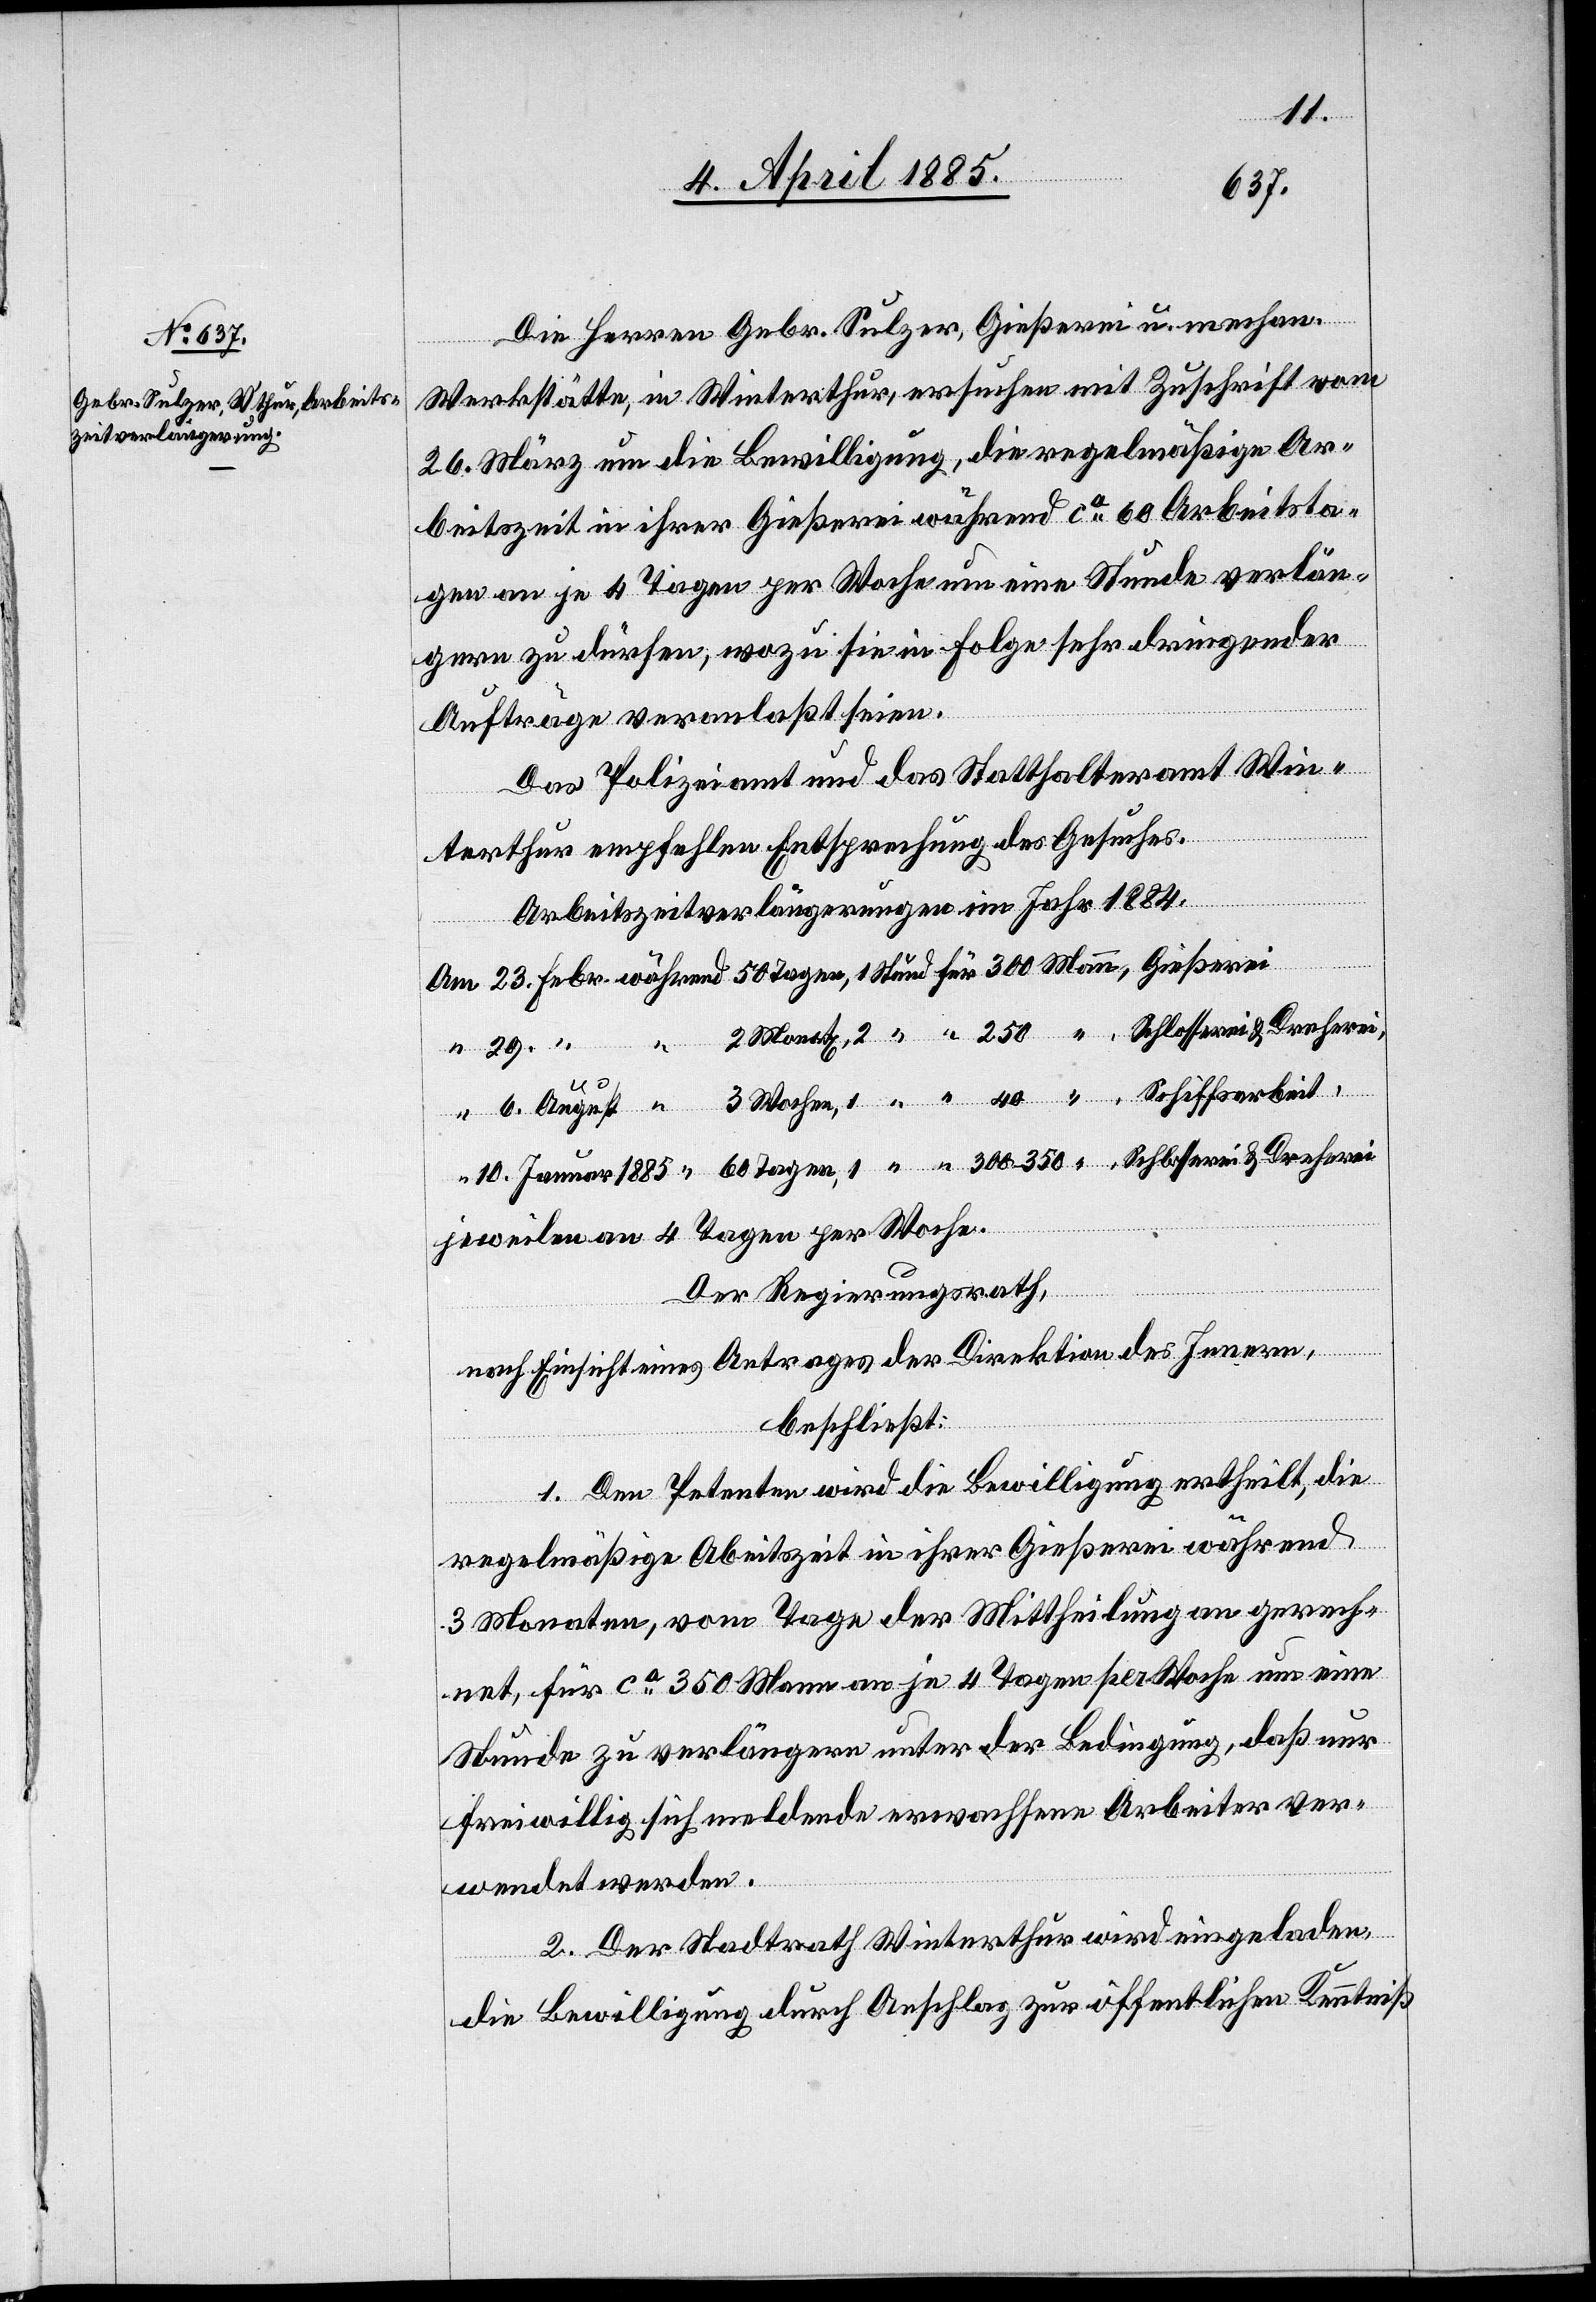
10.
Die Herren Gebr. Sulzer, Gießerei u. mechan.
Werkstätte, in Winterthur, ersuchen mit Zuschrift vom
26. März um die Bewilligung, die regelmäßige Ar¬
beitszeit in ihrer Gießerei während ca 60 Arbeitsta¬
gen an je 4 Tagen per Woche um eine Stunde verlän¬
gern zu dürfen, wozu sie in Folge sehr dringender
Aufträge veranlaßt seien.
Das Polizeiamt und das Statthalteramt Win¬
terthur empfehlen Entsprechung des Gesuches.
Tagen,
Arbeitszeitverlängerungen im Jahr 1884.
& Dreherei
jeweilen an 4 Tagen per Woche.
Der Regierungsrath,
nach Einsicht eines Antrages der Direktion des Innern,
beschließt:
1. Dem Petenten wird die Bewilligung ertheilt, die
regelmäßige Arbeitszeit in ihrer Gießerei während
3 Monaten, vom Tage der Mittheilung an gerech¬
net, für ca 350 Mann an je 4 Tagen pro Woche um eine
Stunde zu verlängern unter der Bedingung, daß nur
freiwillig sich meldende erwachsene Arbeiter ver¬
wendet werden.
2. Der Stadtrath Winterthur wird eingeladen
die Bewilligung durch Anschlag zur öffentlichen Kenntniß